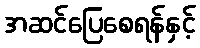
အဆင်ပြေစေရန်နှင့်